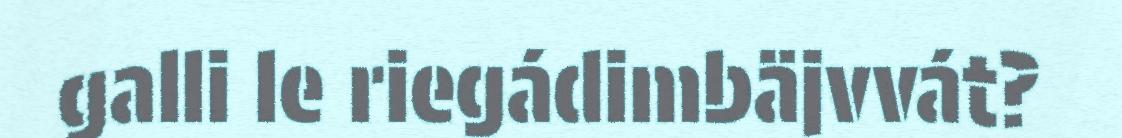
galli le riegádimbäjvvát?